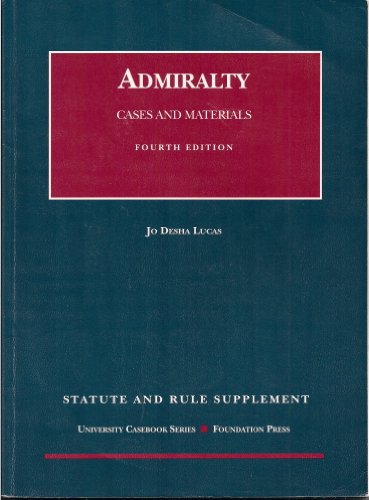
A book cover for Admiralty: Cases and Materials : Statute and Rule Supplement; Jo Desha Lucas; Law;